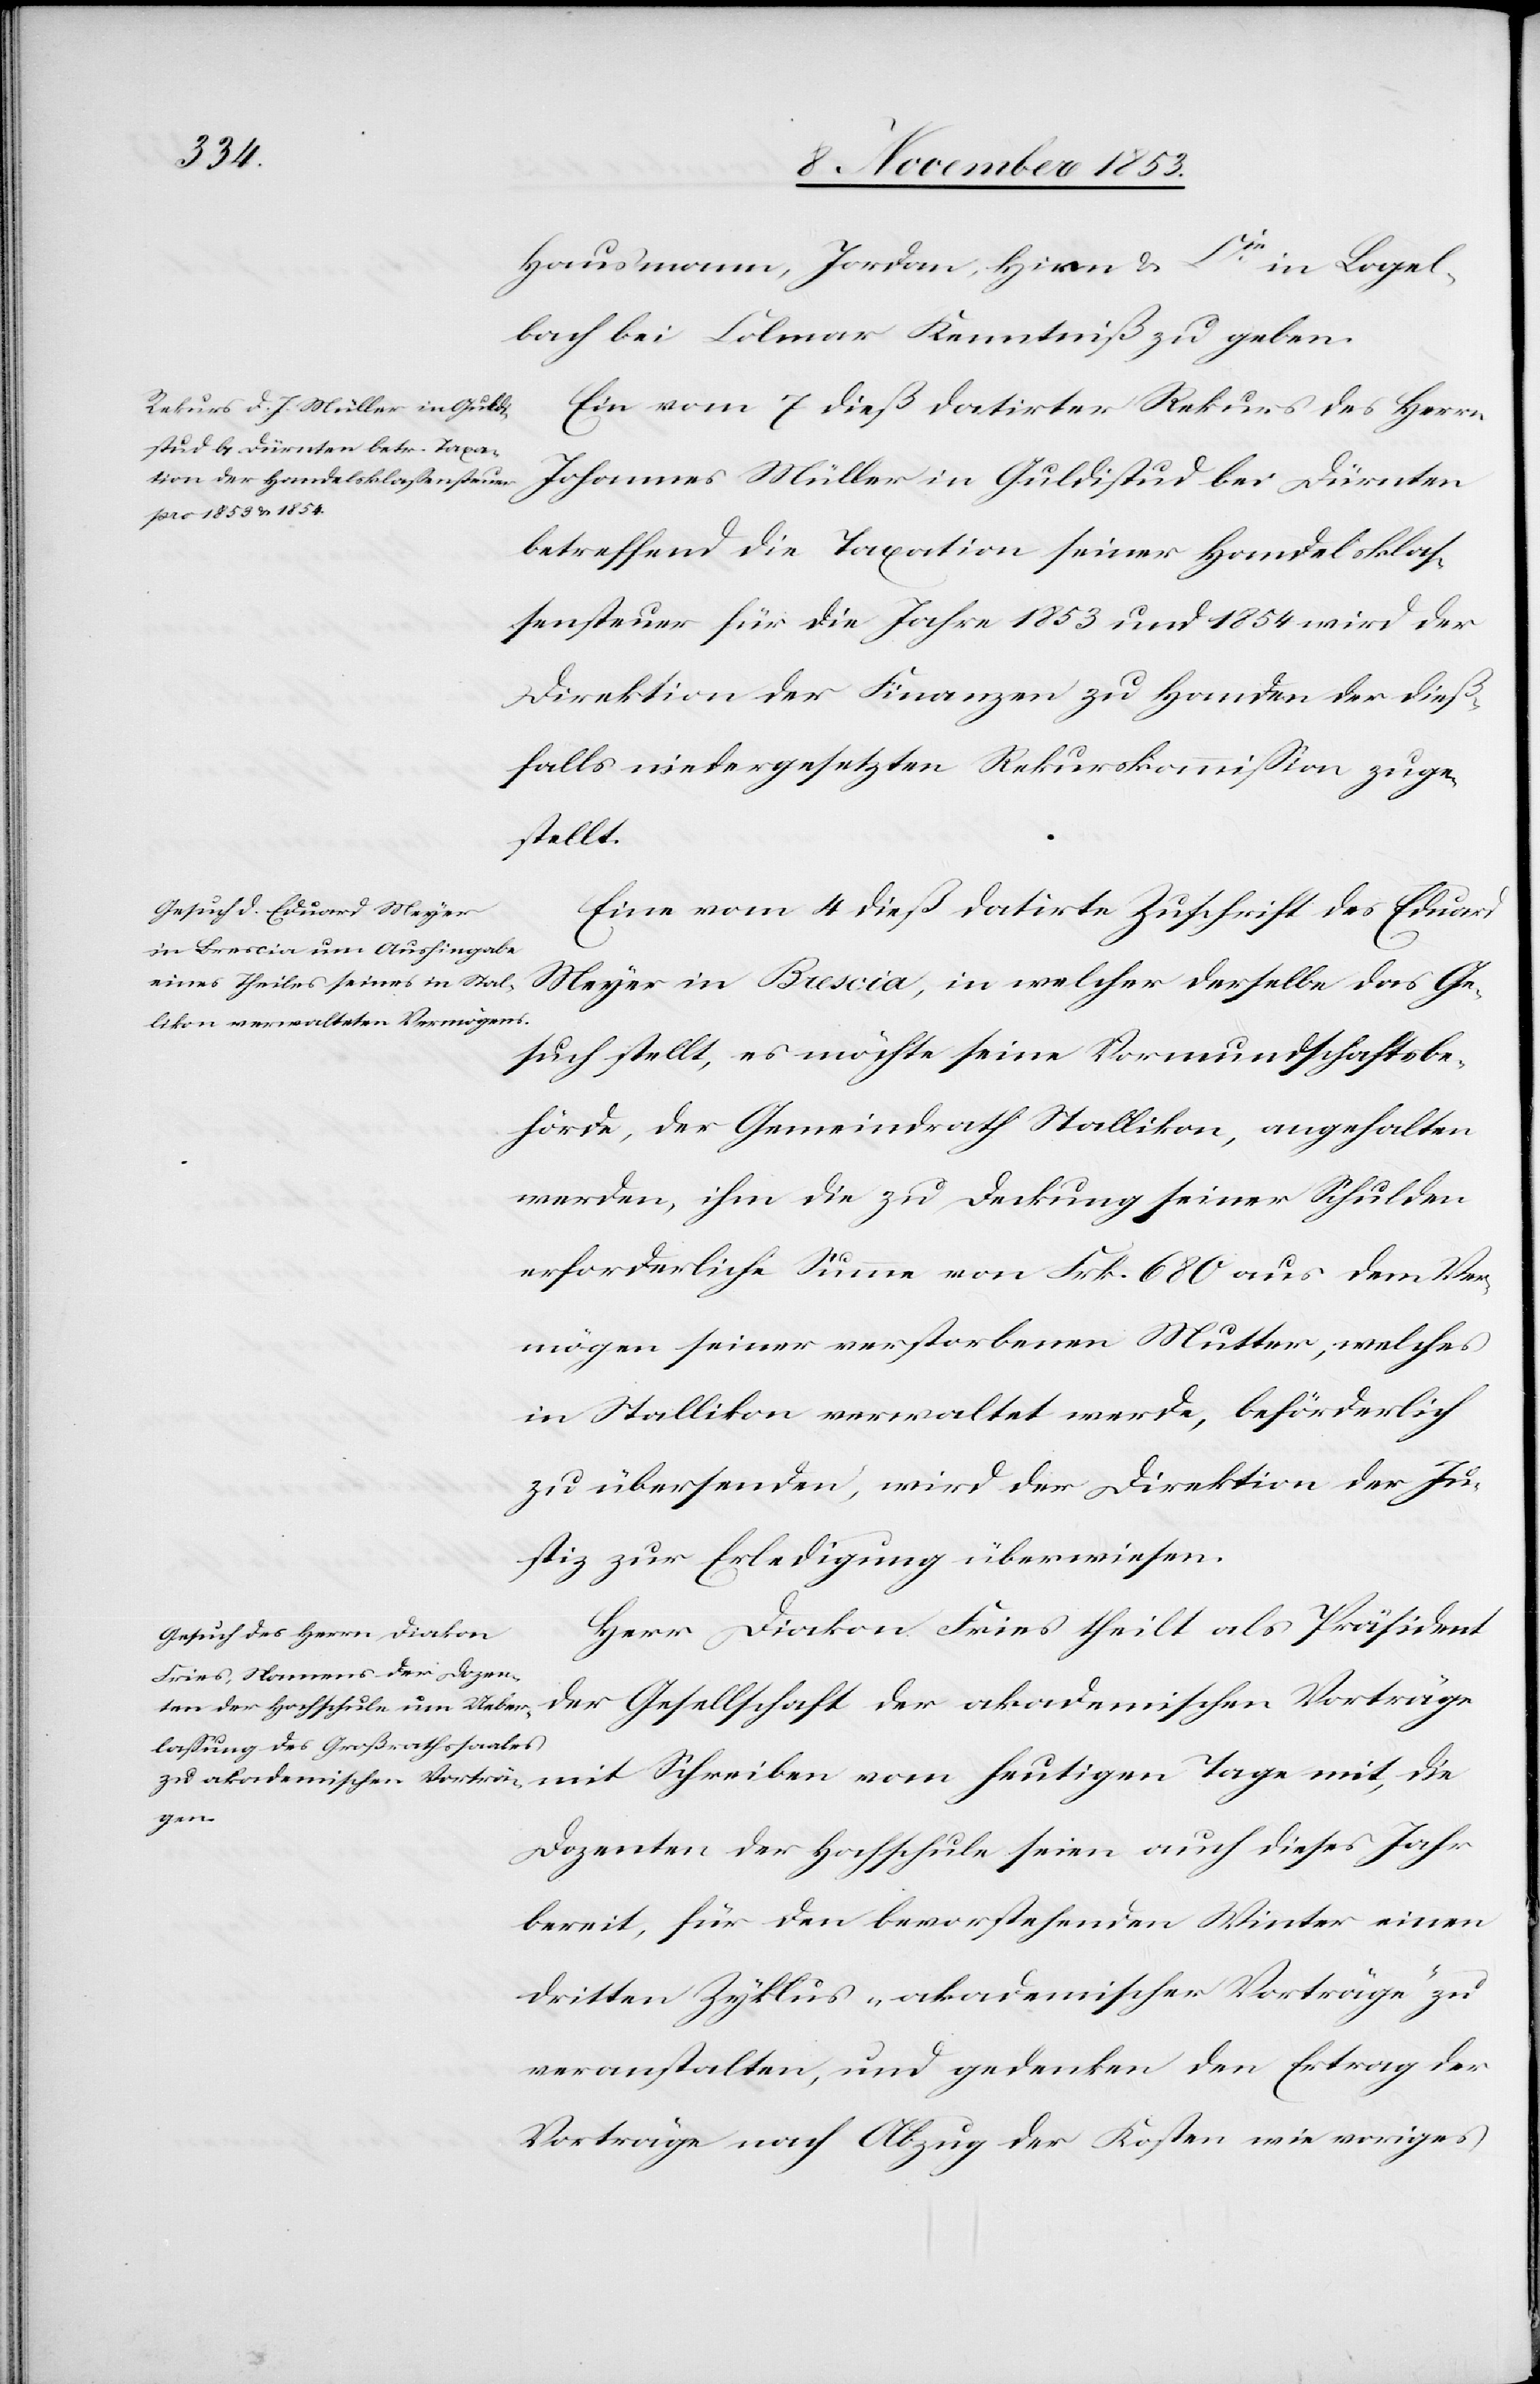
Hausmann, Jordan, Hirn u. Cie in Logel¬
bach bei Colmar Kenntniß zu geben.
Ein vom 7 dieß datirter Rekurs des Herrn
Johannes Müller in Gudlistud bei Dürnten
betreffend die Taxation seiner Handelsklas¬
sensteuer für die Jahre 1853 und 1854 wird der
Direktion der Finanzen zu Handen der dieß¬
falls niedergesetzten Rekurskommißion zuge¬
stellt.
Eine vom 4 dieß datirte Zuschrift des Eduard
Gesuch stellt, es möchte seine Vormundschaftsbe¬
hörde, der Gemeindrath Stallikon, angehalten
werden, ihm die zu Deckung seiner Schulden
erforderliche Summe von Frk. 680 aus dem Ver¬
mögen seiner verstorbenen Mutter, welches
in Stallikon verwaltet werde, beförderlich
zu übersenden, wird der Direktion der Ju¬
stiz zur Erledigung überwiesen.
Herr Diakon Fries theilt als Präsident
der akademischen Vorträge mit Schreiben vom heutigen Tage mit, die
Dozenten der Hochschule seien auch dieses Jahr
bereit, für den bevorstehenden Winter einen
dritten Zyklus „akademischer Vorträge“ zu
veranstalten, und gedenken den Ertrag der
Vorträge nach Abzug der Kosten wie voriges